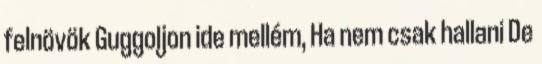
felnövök Guggoljon ide mellém, Ha nem csak hallani De